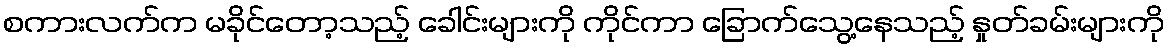
စကားလက်က မခိုင်တော့သည့် ခေါင်းများကို ကိုင်ကာ ခြောက်သွေ့နေသည့် နှုတ်ခမ်းများကို